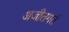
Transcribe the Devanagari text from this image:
अजीतगर्त